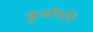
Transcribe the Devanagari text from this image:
कुजोगनि